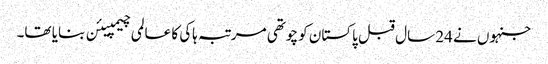
جنہوں نے 24 سال قبل پاکستان کو چوتھی مرتبہ ہاکی کا عالمی چیمپیئن بنایا تھا۔